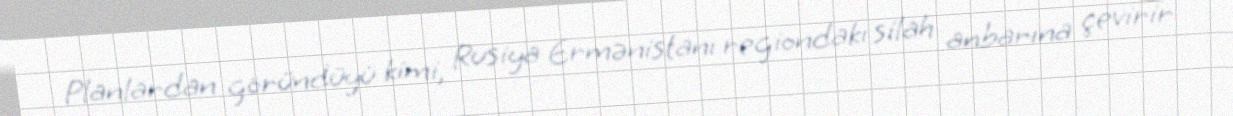
Planlardan göründüyü kimi, Rusiya Ermənistanı regiondakı silah anbarına çevirir